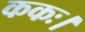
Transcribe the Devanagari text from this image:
ककः।